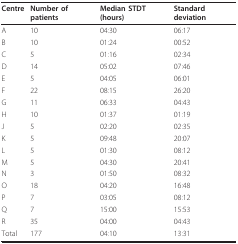
<table><thead><tr><td><b>Centre</b></td><td><b>Number of patients</b></td><td><b>Median STDT (hours)</b></td><td><b>Standard deviation</b></td></tr></thead><tbody><tr><td>A</td><td>10</td><td>04:30</td><td>06:17</td></tr><tr><td>B</td><td>10</td><td>01:24</td><td>00:52</td></tr><tr><td>C</td><td>5</td><td>01:16</td><td>02:34</td></tr><tr><td>D</td><td>14</td><td>05:02</td><td>07:46</td></tr><tr><td>E</td><td>5</td><td>04:05</td><td>06:01</td></tr><tr><td>F</td><td>22</td><td>08:15</td><td>26:20</td></tr><tr><td>G</td><td>11</td><td>06:33</td><td>04:43</td></tr><tr><td>H</td><td>10</td><td>01:37</td><td>01:19</td></tr><tr><td>J</td><td>5</td><td>02:20</td><td>02:35</td></tr><tr><td>K</td><td>5</td><td>09:48</td><td>20:07</td></tr><tr><td>L</td><td>5</td><td>01:30</td><td>08:12</td></tr><tr><td>M</td><td>5</td><td>04:30</td><td>20:41</td></tr><tr><td>N</td><td>3</td><td>01:50</td><td>08:32</td></tr><tr><td>O</td><td>18</td><td>04:20</td><td>16:48</td></tr><tr><td>P</td><td>7</td><td>03:05</td><td>08:12</td></tr><tr><td>Q</td><td>7</td><td>15:00</td><td>15:53</td></tr><tr><td>R</td><td>35</td><td>04:00</td><td>04:43</td></tr><tr><td>Total</td><td>177</td><td>04:10</td><td>13:31</td></tr></tbody></table>